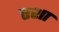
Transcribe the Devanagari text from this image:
एशा